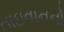
તાઇવાનનો